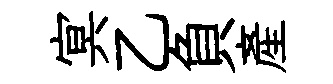
㝠乙負産